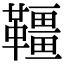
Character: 韁